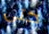
حتى